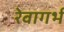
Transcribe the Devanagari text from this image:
रेवागर्भ